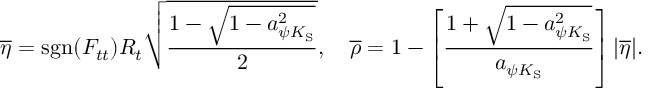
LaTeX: \overline { { { \eta } } } = \mathrm { s g n } ( F _ { t t } ) R _ { t } \sqrt { \frac { 1 - \sqrt { 1 - a _ { \psi K _ { \mathrm { S } } } ^ { 2 } } } { 2 } } , \quad \overline { { { \rho } } } = 1 - \left[ \frac { 1 + \sqrt { 1 - a _ { \psi K _ { \mathrm { S } } } ^ { 2 } } } { a _ { \psi K _ { \mathrm { S } } } } \right] | \overline { { { \eta } } } | .